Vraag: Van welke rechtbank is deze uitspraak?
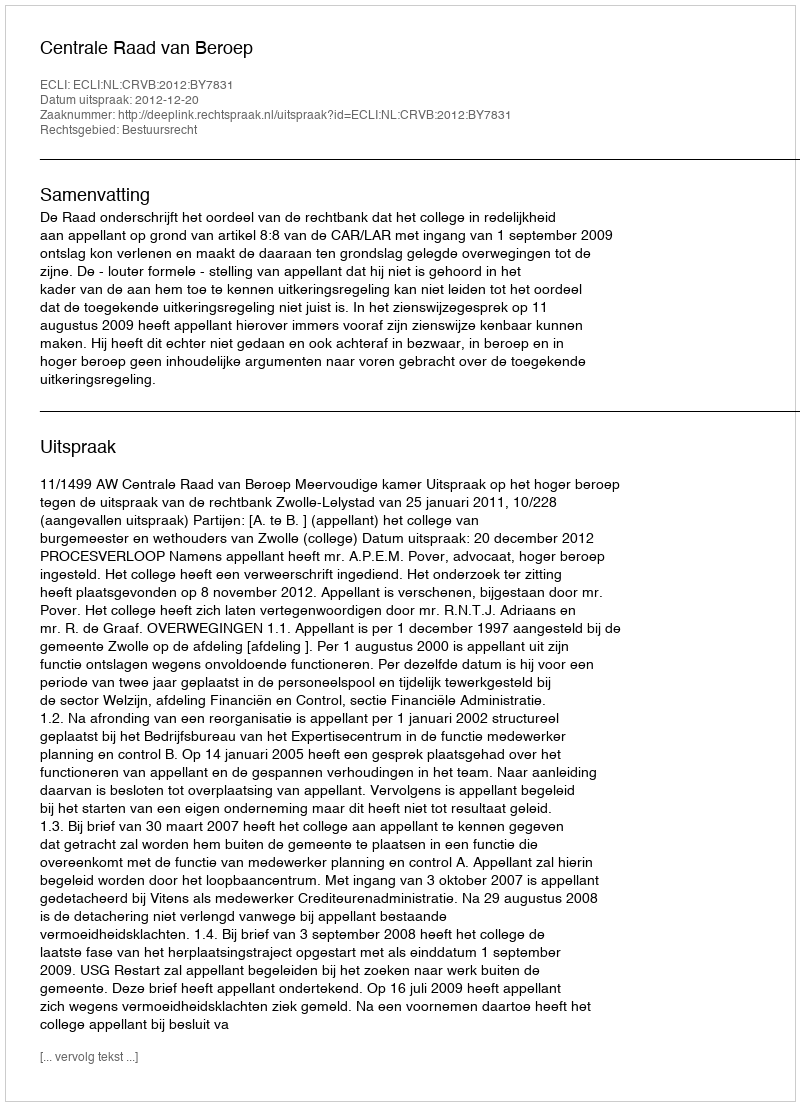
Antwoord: Centrale Raad van Beroep